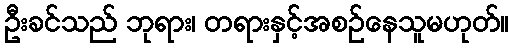
ဦးခင်သည် ဘုရား၊ တရားနှင့်အစဉ်နေသူမဟုတ်။